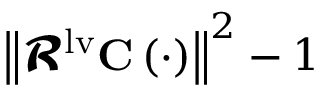
\left\| \mathbfcal { R } ^ { \mathrm { { l v } } } \mathbf { C } \left( \cdot \right) \right\| ^ { 2 } - 1